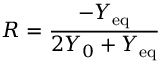
R = \frac { - Y _ { \mathrm { e q } } } { 2 Y _ { 0 } + Y _ { \mathrm { e q } } }